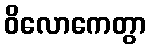
ဝိလောကေတွာ